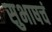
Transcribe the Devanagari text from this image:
सुभाषचं